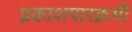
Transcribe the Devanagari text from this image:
प्रकाशपारक्रमी